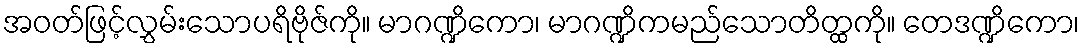
အဝတ်ဖြင့်လွှမ်းသောပရိဗိုဇ်ကို။ မာဂဏ္ဍိကော၊ မာဂဏ္ဍိကမည်သောတိတ္ထကို။ တေဒဏ္ဍိကော၊